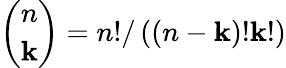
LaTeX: \binom{n}{\mathbf{k}}=n!/\left(\left(n-\mathbf{k}\right)!\mathbf{k}!\right)